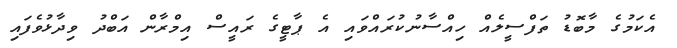
އެކަމުގެ މާބޮޑު ތަފްސީލެއް ހިއްސާނުކުރައްވައި އެ ޕާޓީގެ ރައީސް އިމްރާން އަބްދު ވިދާޅުވެފައި